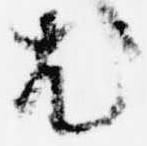
尤